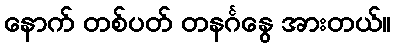
နောက် တစ်ပတ် တနင်္ဂနွေ အားတယ်။